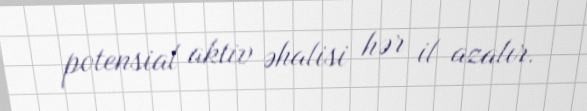
potensial aktiv əhalisi hər il azalır.